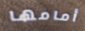
أمامها